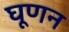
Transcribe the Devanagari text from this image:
घूणन